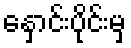
နှောင်းပိုင်းမှ